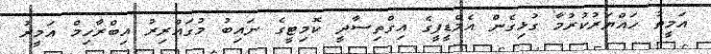
އަމީތު ހައްޔަރުކުރުމާ ގުޅިގެން އެމްޑީޕީގެ އިގްތިސާދީ ކޮމިޓީގެ ނައިބު މުގައްރިރު އިބްރާހިމް އަމީރު